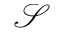
\mathcal { S }